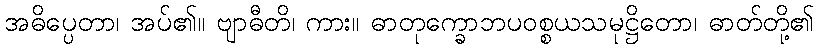
အဓိပ္ပေတာ၊ အပ်၏။ ဗျာဓီတိ၊ ကား။ ဓာတုက္ခောဘပဝစ္စယသမုဋ္ဌိတော၊ ဓာတ်တို့၏